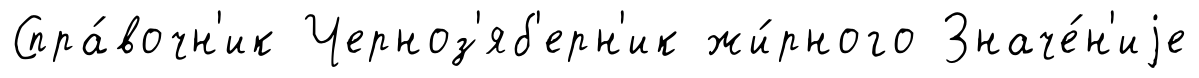
Спра́вочн'ик Черноз'яб'ерн'ик жи́рного Значе́н'иjе